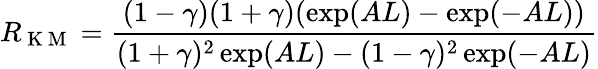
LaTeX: R_{\mathrm{~K~M~}}=\frac{(1-\gamma)(1+\gamma)(\exp(AL)-\exp(-AL))}{(1+\gamma)^{2}\exp(AL)-(1-\gamma)^{2}\exp(-AL)}